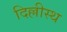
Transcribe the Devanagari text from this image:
दिल्लीस्थ